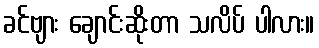
ခင်ဗျား ချောင်းဆိုးတာ သလိပ် ပါလား။